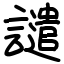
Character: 譴